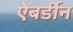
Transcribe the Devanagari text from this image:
ऐबर्डीन